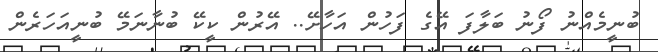
ބުނީމެއްނު ފޯނު ބަލާފަ އޭގެ ފަހުން އަހާށޭ.. އޭރުން ކީކޭ ބުނާނަމޭ ބުނީއަހަރެން